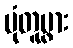
ပုံတူပွား